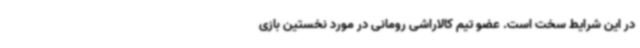
در این شرایط سخت است. عضو تیم کالاراشی رومانی در مورد نخستین بازی